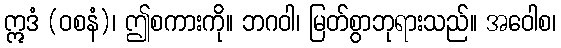
ဣဒံ (ဝစနံ)၊ ဤစကားကို။ ဘဂဝါ၊ မြတ်စွာဘုရားသည်။ အဝေါစ၊